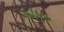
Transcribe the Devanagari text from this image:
अर्धक्लोम